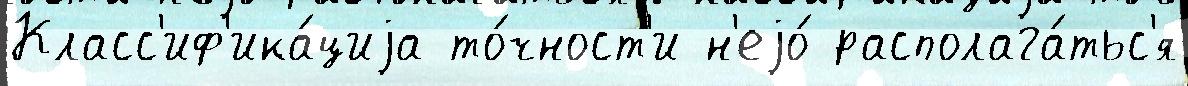
Класс'иф'ика́циjа то́чност'и н'еjо́ располага́тьс'я